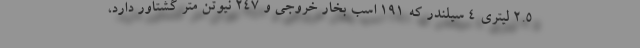
2.5 لیتری 4 سیلندر که 191 اسب بخار خروجی و 247 نیوتن متر گشتاور دارد،